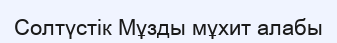
Солтүстік Мұзды мұхит алабы